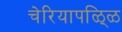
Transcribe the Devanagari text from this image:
चेरियापळ्ळि